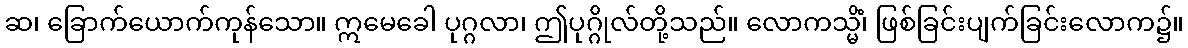
ဆ၊ ခြောက်ယောက်ကုန်သော။ ဣမေခေါ ပုဂ္ဂလာ၊ ဤပုဂ္ဂိုလ်တို့သည်။ လောကသ္မိံ၊ ဖြစ်ခြင်းပျက်ခြင်းလောက၌။